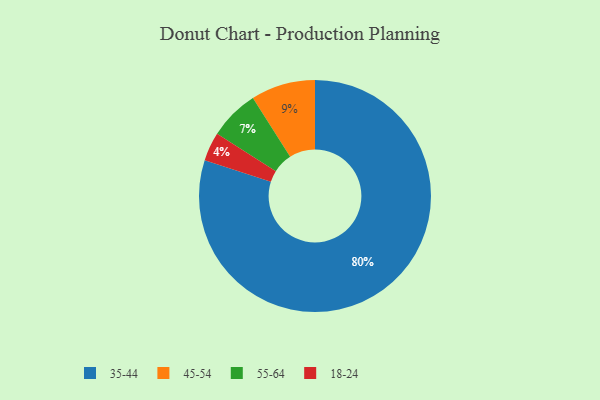
{"axis": {"x": "Category", "y": "Percentage"}, "legend": ["18-24", "35-44", "45-54", "55-64"], "data": [{"x": "18-24", "y": 4, "type": "18-24"}, {"x": "35-44", "y": 80, "type": "35-44"}, {"x": "45-54", "y": 9, "type": "45-54"}, {"x": "55-64", "y": 7, "type": "55-64"}]}